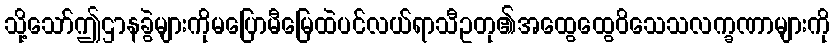
သို့သော်ဤဌာနခွဲများကိုမပြောမီမြေထဲပင်လယ်ရာသီဥတု၏အထွေထွေဝိသေသလက္ခဏာများကို